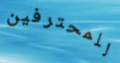
للمحترفين